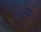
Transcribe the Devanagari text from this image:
चरणम्‌